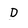
Character: D